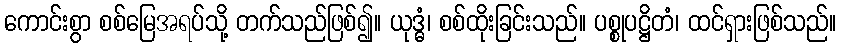
ကောင်းစွာ စစ်မြေအရပ်သို့ တက်သည်ဖြစ်၍။ ယုဒ္ဓံ၊ စစ်ထိုးခြင်းသည်။ ပစ္စုပဋ္ဌိတံ၊ ထင်ရှားဖြစ်သည်။